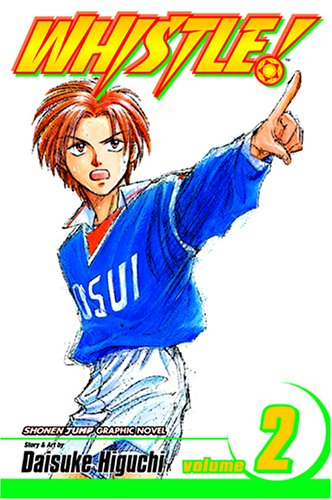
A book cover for Whistle!, Vol. 2; Daisuke Higuchi; Comics & Graphic Novels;